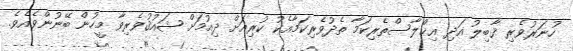
ހުނަރުވެރި ޤާބިލު އަދި އިޚްލާސްތެރިކަމާ ތެދުވެރިކަމާއެކު ކުރިއަށް ދިއުމަށް ޝައުޤުވެރިވާ މީހުން ބޭނުންވެއެވެ.